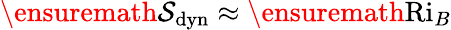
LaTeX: \ensuremath{\mathcal{S}}_{\mathrm{dyn}}\approx\ensuremath{\mathrm{Ri}_{B}}